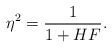
\begin{align*} \eta^2=\frac{1}{1+HF}.\end{align*}